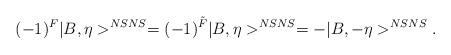
LaTeX: \begin{align*}(-1)^{F}|B, \eta>^{NSNS}=(-1)^{\tilde{F}}|B, \eta>^{NSNS}=-|B, -\eta>^{NSNS}.\end{align*}